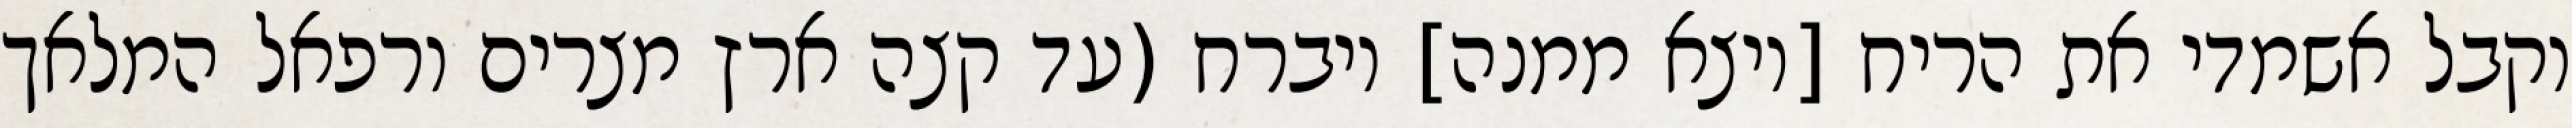
וקבל אשמדי את הריח [ויצא ממנה] ויברח (עד קצה ארץ מצרים ורפאל המלאך